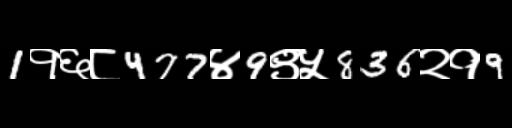
Text: 1१६८477४9९५836२१9